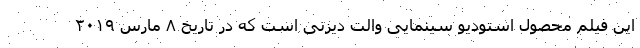
این فیلم محصول استودیو سینمایی والت دیزنی است که در تاریخ ۸ مارس ۲۰۱۹